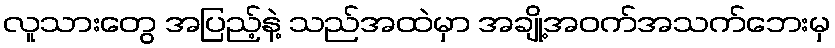
လူသားတွေ အပြည့်နဲ့ သည်အထဲမှာ အချို့အဝက်အသက်ဘေးမှ